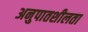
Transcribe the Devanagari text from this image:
अनुपातशीलता